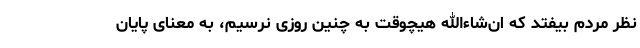
نظر مردم بیفتد که ان‌شاءالله هیچوقت به چنین روزی نرسیم، به معنای پایان